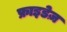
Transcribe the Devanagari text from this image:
फ्राइडेज़